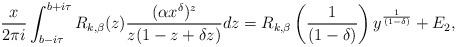
LaTeX: \begin{align*}\frac{x}{2\pi i}\int_{b-i \tau}^{b+i \tau}R_{k, \beta} (z) \frac{(\alpha x^\delta) ^{z} }{z(1-z+\delta z)}dz=R_{k, \beta} \left(\frac{1}{(1-\delta)}\right)y^{\frac{1}{(1-\delta)}} +E_2,\end{align*}